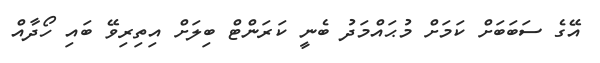
އޭގެ ސަބަބަށް ކަމަށް މުޙައްމަދު ބެނީ ކަރަންޓް ބިލަށް އިތިރިވޭ ބައި ހޯދާއް